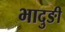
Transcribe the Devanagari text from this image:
भादुङी